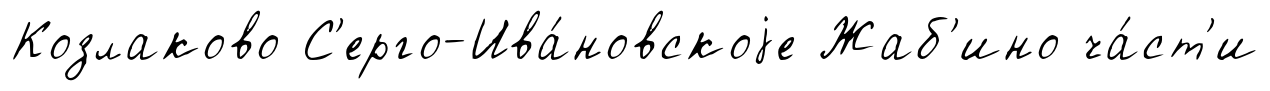
Козлаково С'ерго-Ива́новскоjе Жаб'ино ча́ст'и